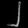
Digit: ၂